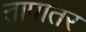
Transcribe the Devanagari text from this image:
तापातर